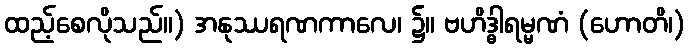
ထည့်စေလိုသည်။) အနုဿရဏကာလေ၊ ၌။ ဗဟိဒ္ဓါရမ္မဏံ (ဟောတိ၊)